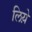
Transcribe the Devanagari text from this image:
लिय़े